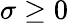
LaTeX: \sigma\ge 0